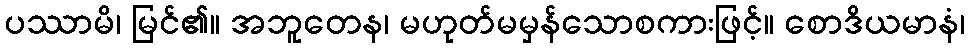
ပဿာမိ၊ မြင်၏။ အဘူတေန၊ မဟုတ်မမှန်သောစကားဖြင့်။ စောဒိယမာနံ၊